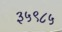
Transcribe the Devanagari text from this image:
३५९८५